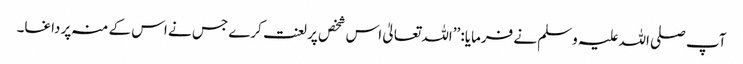
آپ صلی اللہ علیہ وسلم نے فرمایا: ’’اللہ تعالیٰ اس شخص پر لعنت کرے جس نے اس کے منہ پر داغا۔